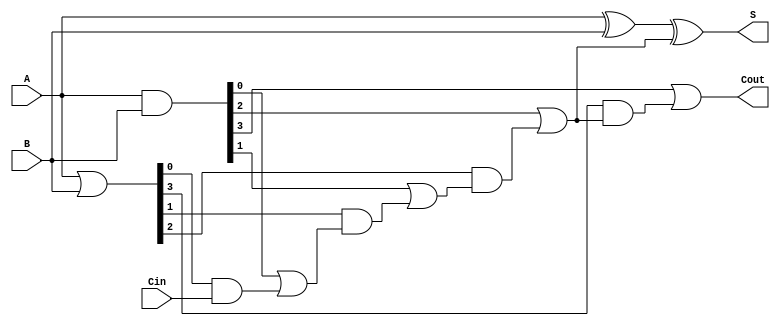
module CLA ( 
    input [n-1:0] A,     // First n-bit input
    input [n-1:0] B,     // Second n-bit input
    input Cin,           // Carry-in
    output [n-1:0] S,    // n-bit sum output
    output Cout          // Carry-out
);
    parameter n = 4; // You can change this parameter to scale the adder

    wire [n-1:0] G;    // Generate signals
    wire [n-1:0] P;    // Propagate signals
    wire [n:0] C;      // Carry signals

    // Generate (G) and Propagate (P) signals
    assign G = A & B;        // Gi = Ai AND Bi
    assign P = A | B;        // Pi = Ai OR Bi 

    // Carry-in assignment
    assign C[0] = Cin; // C0 = Cin

    // Carry generation logic
    genvar i;
    generate
        for (i = 0; i < n; i = i + 1) begin : carry_generation
            if (i == 0) begin
                assign C[i + 1] = G[i] | (P[i] & C[i]); // C1 = G0 OR (P0 AND C0)
            end else begin
                assign C[i + 1] = G[i] | (P[i] & C[i]); // Ci = Gi-1 OR (Pi-1 AND Ci-1)
            end
        end
    endgenerate

    // Sum calculation
    assign S = A ^ B ^ C[n-1]; // Si = Ai XOR Bi XOR Ci

    // Carry-out
    assign Cout = C[n]; // Carry-out is Cn

endmodule